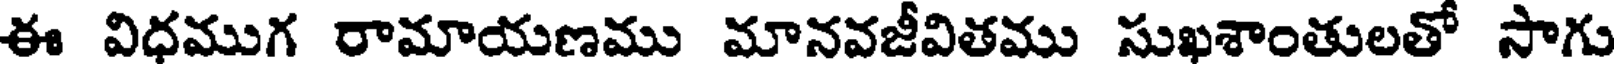
ఈ విధముగ రామాయణము మానవజీవితము సుఖశాంతులతో సాగు